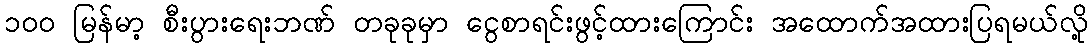
၁၀၀ မြန်မာ့ စီးပွားရေးဘဏ် တခုခုမှာ ငွေစာရင်းဖွင့်ထားကြောင်း အထောက်အထားပြရမယ်လို့